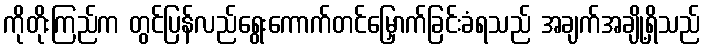
ကိုတိုးကြည်က တွင်ပြန်လည်ရွေးကောက်တင်မြှောက်ခြင်းခံရသည် အချက်အချို့ရှိသည်